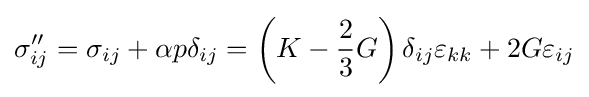
{\sigma ''_{ij}}={\sigma _{ij}}+\alpha p{\delta _{ij}}=\left({K-{\frac {2}{3}}G}\right){\delta _{ij}}{\varepsilon _{kk}}+2G{\varepsilon _{ij}}